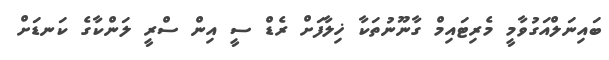
ބައިނަލްއަގުވާމީ މެރިޓައިމް ގާނޫނުތަކާ ޚިލާފަށް ރެޑް ސީ އިން ސްރީ ލަންކާގެ ކަނޑަށް